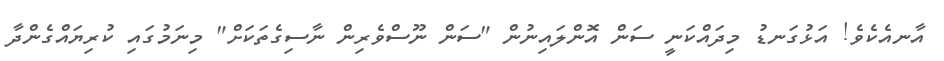
އާނއެކެވެ! އަޅުގަނޑު މިދައްކަނީ ސަން އޮންލައިނުން "ސަން ނޫސްވެރިން ނާސިގެތަކަށް" މިނަމުގައި ކުރިޔައްގެންދާ